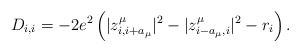
\begin{align*}D_{i,i}=-2e^{2}\left( |z^{\mu}_{i,i+a_{\mu}}|^{2}-|z^{\mu}_{i-a_{\mu},i}|^{2}-r_{i}\right).\end{align*}